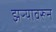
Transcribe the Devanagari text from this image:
झऱ्यावरून